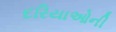
દરિયાઓની